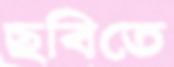
ছবিতে